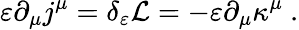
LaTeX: \varepsilon\partial_{\mu}j^{\mu}=\delta_{\varepsilon}{\cal{L}}=-\varepsilon\partial_{\mu}\kappa^{\mu}~.